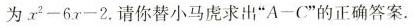
为 x ^ { 2 } - 6 x - 2 $ $.请你替小马虎求出”A-C”的正确答案.